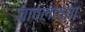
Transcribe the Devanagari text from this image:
चावलांच्या